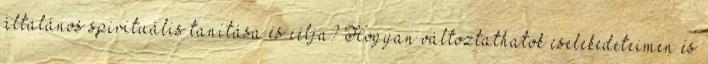
általános spirituális tanítása és célja? Hogyan változtathatok cselekedeteimen és